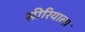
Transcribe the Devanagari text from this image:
सीरियाला